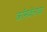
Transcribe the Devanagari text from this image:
क्रॉमवेलाचा